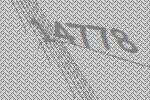
14778